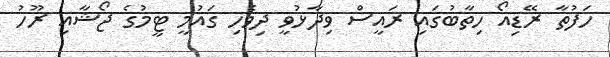
ހަފުތާ ރޭޑިއޯ ހިތާބުގައި ރައީސް ވިދާޅުވީ ދިވެހި ގައުމީ ޓީމުގެ ޖޯޝާއި ރޫހު